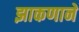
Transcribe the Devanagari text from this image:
झाकणाने